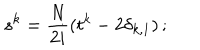
s ^ { k } = \frac { N } { 2 i } ( t ^ { k } - 2 \delta _ { k , 1 } ) \, ;